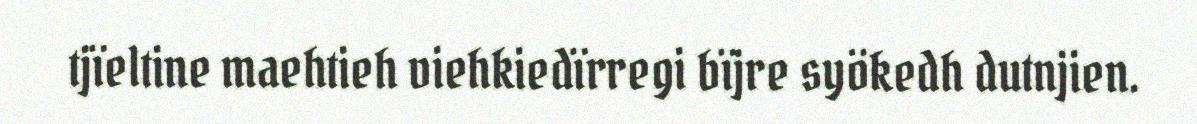
tjïeltine maehtieh viehkiedïrregi bïjre syökedh dutnjien.